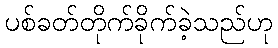
ပစ်ခတ်တိုက်ခိုက်ခဲ့သည်ဟု